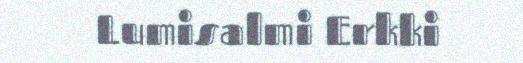
Lumisalmi Erkki